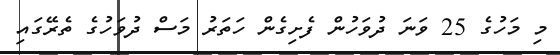
މި މަހުގެ 25 ވަނަ ދުވަހުން ފެށިގެން ހަތަރު މަސް ދުވަހުގެ ތެރޭގައި